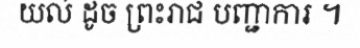
យល់ ដូច ព្រះរាជ បញ្ជាការ ។